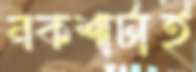
নকশাটাই